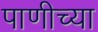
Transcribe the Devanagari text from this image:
पाणीच्या